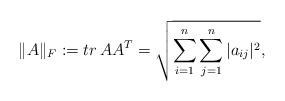
LaTeX: \begin{align*}\|A \|_{F}:= tr \, AA^T=\sqrt{\sum_{i=1}^{n}\sum_{j=1}^{n}|a_{ij}|^{2}},\end{align*}